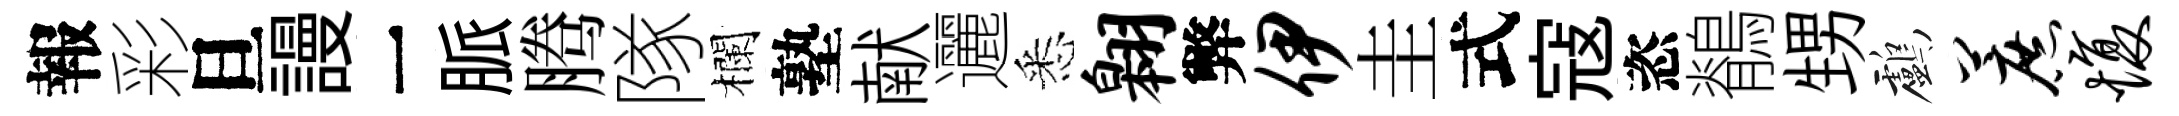
報彩旦謾一脈腾隊欄塾献邐悉翱弊伊圭式寇恣鶺甥鸕蔗愎